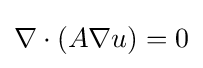
\nabla \cdot (A\nabla u)=0